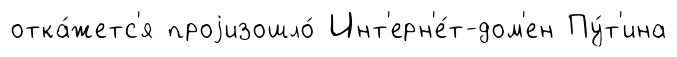
отка́жетс'я проjизошло́ Инт'ерн'е́т-дом'ен Пу́т'ина